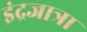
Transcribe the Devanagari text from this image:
इंद्रजात्रा